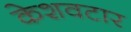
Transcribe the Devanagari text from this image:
केशवटार